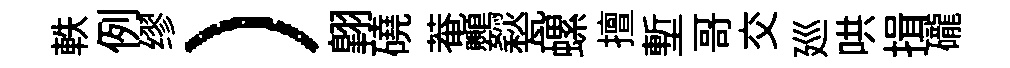
軼例缪）翺磽菴鸚甃螺擅塹哥交廵哄揖礲